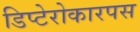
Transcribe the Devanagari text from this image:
डिप्टेरोकारपस